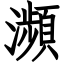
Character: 瀕